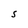
Character: S